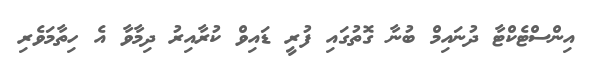
އިންސްޓެކްޓާ ދުނައިމް ބުނާ ގޮތުގައި ފުރީ ޑައިވް ކުރާއިރު ދިމާވާ އެ ހިތާމަވެރި